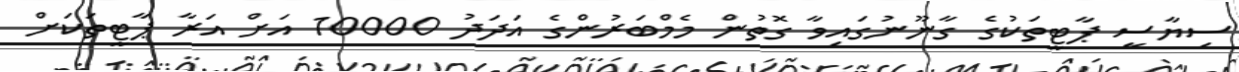
ސިޔާސީ ޕާޓީތަކުގެ ގާނޫނުގައިވާ ގޮތުން މެމްބަރުންގެ އަދަދު 10000 އަށް އަރާ ޕާޓީތަކަށް